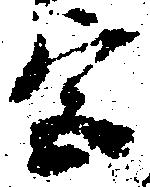
宮